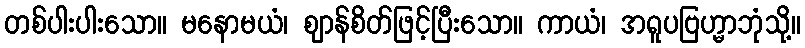
တစ်ပါးပါးသော။ မနောမယံ၊ ဈာန်စိတ်ဖြင့်ပြီးသော။ ကာယံ၊ အရူပဗြဟ္မာဘုံသို့။